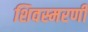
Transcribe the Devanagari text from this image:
शिवस्मरणी